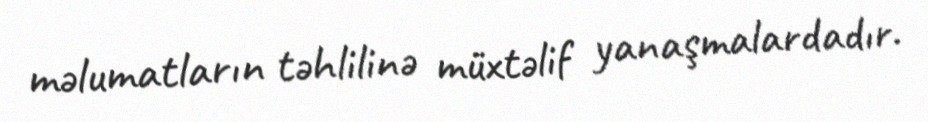
məlumatların təhlilinə müxtəlif yanaşmalardadır.